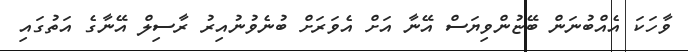
ވާހަކަ އެއްބުނަން ބޭޏުންވިޔަސް އޭނާ އަށް އެވަރަށް ބުނެވުނުއިރު ރާސިލް އޭނާގެ އަތުގައި